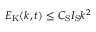
E _ { \mathrm { K } } ( k , t ) \leq C _ { \mathrm { S } } I _ { \mathrm { S } } k ^ { 2 }